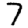
Digit: 7